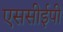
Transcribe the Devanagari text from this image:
एससीईपी